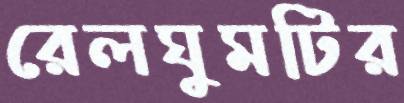
রেলঘুমটির